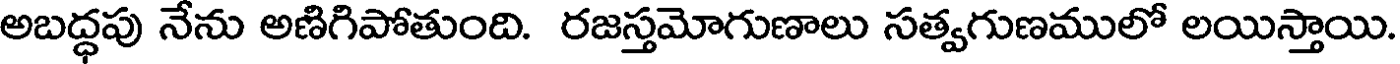
అబద్ధపు నేను అణిగిపోతుంది. రజస్తమోగుణాలు సత్వగుణములో లయిస్తాయి.